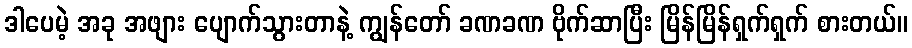
ဒါပေမဲ့ အခု အဖျား ပျောက်သွားတာနဲ့ ကျွန်တော် ခဏခဏ ဗိုက်ဆာပြီး မြိန်မြိန်ရှက်ရှက် စားတယ်။